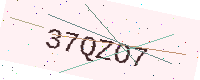
Text: 37QZO7